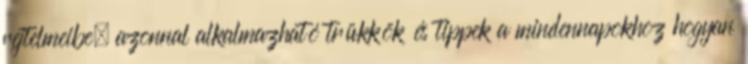
rejtelmeibe, azonnal alkalmazható trükkök és tippek a mindennapokhoz hogyan